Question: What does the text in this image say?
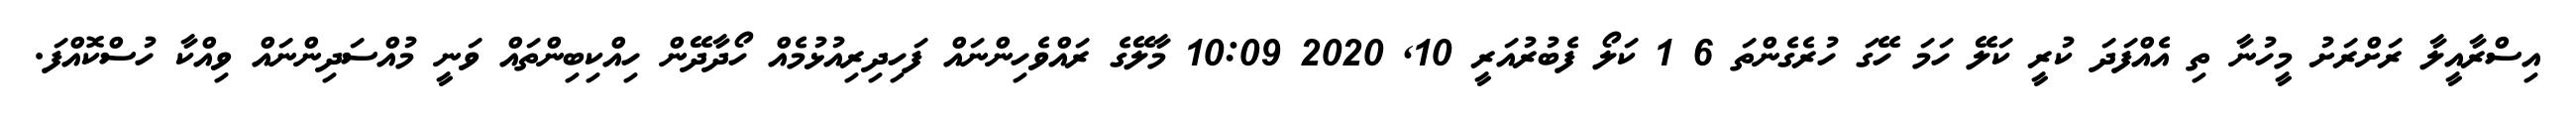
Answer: އިސްރާއީލާ ރަށްރަށު މީހުނާ ތި އެއްފަދަ ކުރީ ކަލޭ ހަމަ ހޭގަ ހުރެގެންތަ 6 1 ކަލޯ ފެބުރުއަރީ 10, 2020 10:09 މާލޭގެ ރައްވެހިންނައް ފަހިދިރިއުޅުމެއް ހޯދާދޭން ހިއްކިބިންތައް ވަނީ މުއްސަދިންނައް ވިއްކާ ހުސްކޮއްފަ.